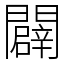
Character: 闢